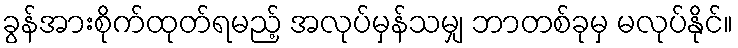
ခွန်အားစိုက်ထုတ်ရမည့် အလုပ်မှန်သမျှ ဘာတစ်ခုမှ မလုပ်နိုင်။